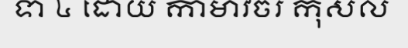
ទា ៤ ដោយ កាមាវចរ កុសល